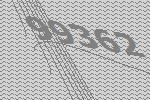
99362